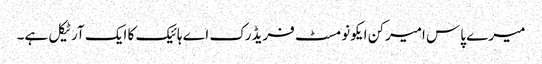
میرے پاس امیرکن ایکونومسٹ فریڈرک اے ہائیک کا ایک آرٹیکل ہے۔